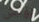
بوتش